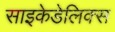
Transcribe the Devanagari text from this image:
साइकेडेलिक्स